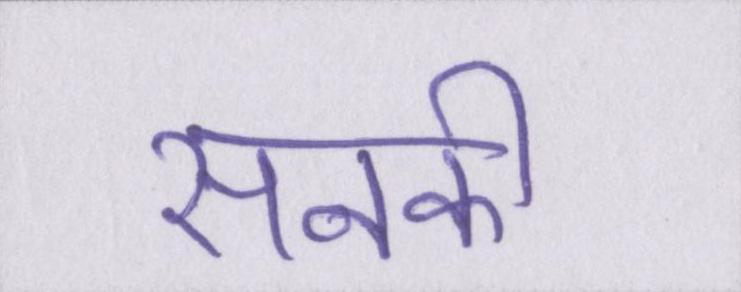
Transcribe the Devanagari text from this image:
सनकी